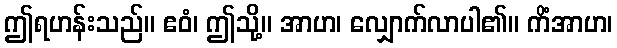
ဤရဟန်းသည်။ ဧဝံ၊ ဤသို့။ အာဟ၊ လျှောက်လာပါ၏။ ကိံအာဟ၊